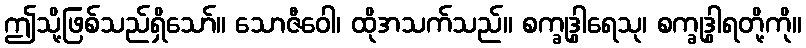
ဤသို့ဖြစ်သည်ရှိသော်။ သောဇီဝေါ၊ ထိုအသက်သည်။ စက္ခုဒွါရေသု၊ စက္ခုဒွါရတို့ကို။